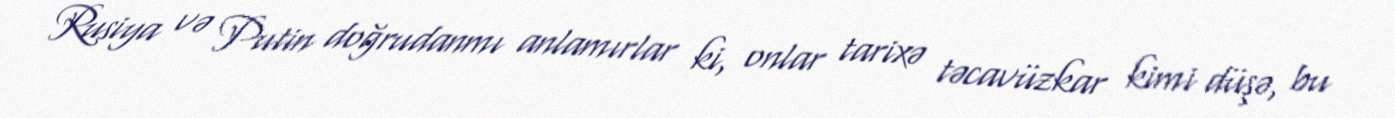
Rusiya və Putin doğrudanmı anlamırlar ki, onlar tarixə təcavüzkar kimi düşə, bu